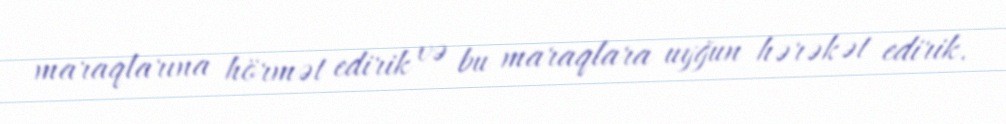
maraqlarına hörmət edirik və bu maraqlara uyğun hərəkət edirik.